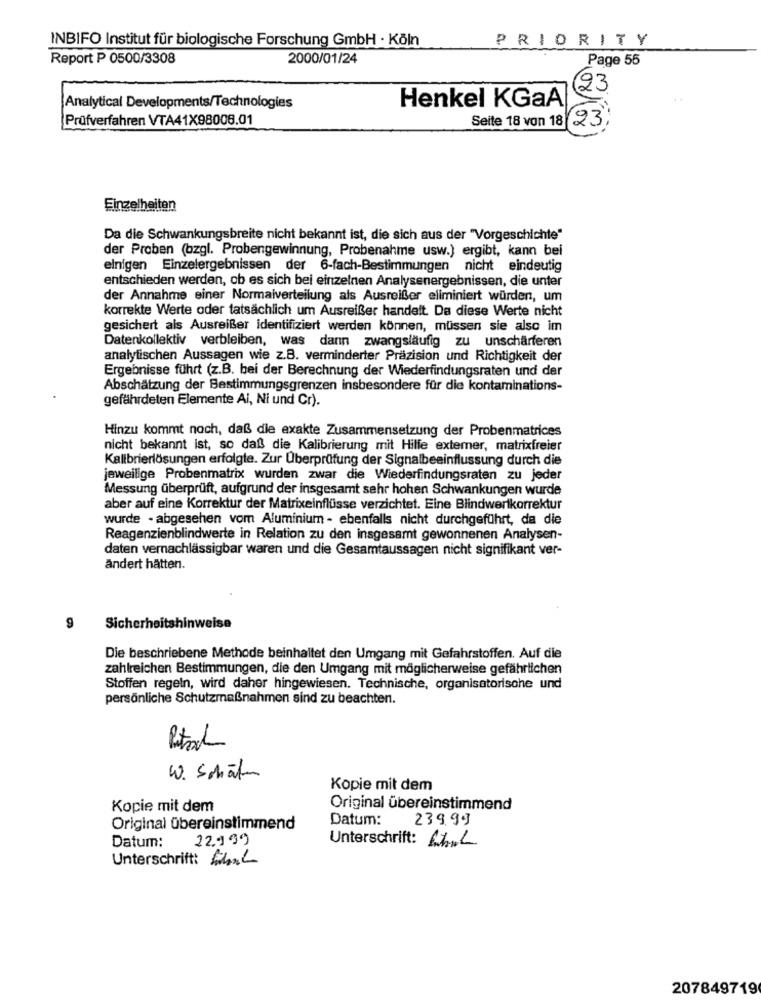
INBIFO Institut für biologische Forschung GmbH · Köln
PRIORITY
Report P 0500/3308
2000/01/24
Page 55
23
Analytical Developments/Technologies
Henkel KGaA
Prüfverfahren VTA41X98008.01
Seite 18 von 18
(23
Einzelheiten
Da die Schwankungsbreite nicht bekannt ist, die sich aus der "Vorgeschichte"
der Proben (bzgl. Probengewinnung, Probenahme usw.) ergibt, kann bei
einigen Einzelergebnissen der 6-fach-Bestimmungen nicht eindeutig
entschieden werden, ob es sich bei einzelnen Analysenergebnissen, die unter
der Annahme einer Normalverteilung als Ausreißer eliminiert würden, um
korrekte Werte oder tatsächlich um Ausreißer handelt. Da diese Werte nicht
gesichert als Ausreißer identifiziert werden können, müssen sie also im
Datenkollektiv verbleiben, was dann zwangsläufig zu unschärferen
analytischen Aussagen wie z.B. verminderter Präzision und Richtigkeit der
Ergebnisse führt (z.B. bei der Berechnung der Wiederfindungsraten und der
Abschätzung der Bestimmungsgrenzen insbesondere für die kontaminations-
gefährdeten Elemente Ai, Ni und Cr).
Hinzu kommt noch, daß die exakte Zusammensetzung der Probenmatrices
nicht bekannt ist, so daß die Kalibrierung mit Hilfe extemer, matrixfreier
Kalibrierlösungen erfolgte. Zur Überprüfung der Signalbeeinflussung durch die
jeweilige Probenmatrix wurden zwar die Wiederfindungsraten zu jeder
Messung überprüft, aufgrund der insgesamt sehr hohen Schwankungen wurde
aber auf eine Korrektur der Matrixeinflüsse verzichtet. Eine Blindwertkorrektur
wurde - abgesehen vom Aluminium - ebenfalls nicht durchgeführt, da die
Reagenzienblindwerte in Relation zu den insgesamt gewonnenen Analysen-
daten vernachlässigbar waren und die Gesamtaussagen nicht signifikant ver-
ändert hätten.
9
Sicherheitshi
weise
Die beschriebene Methode beinhaltet den Umgang mit Gefahrstoffen. Auf die
zahlreichen Bestimmungen, die den Umgang mit möglicherweise gefährlichen
Stoffen regeln, wird daher hingewiesen. Technische, organisatorische und
persönliche Schutzmaßnahmen sind zu beachten.
W. Sohat
Kopie mit dem
Kopie mit dem
Original übereinstimmend
Datum:
239.99
Original übereinstimmend
Datum:
22,999
Unterschrift: Lhl
Unterschrift: Sibal
207849719